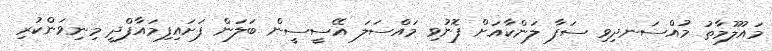
މައުލޫމާތު މުއްސަނދިވި ސަފާ ލަންކާއަށް ފޮނުވި މައްސަލަ އޭސީސީން ބަލަން ފަށައިފިމައާފްދީ މިނިވަންކުރި